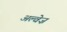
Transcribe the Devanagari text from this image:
अल्वेज़